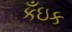
કઁઇક